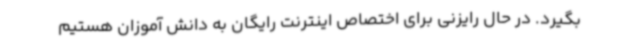
بگیرد. در حال رایزنی برای اختصاص اینترنت رایگان به دانش آموزان هستیم